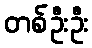
တစ်ဦးဦး